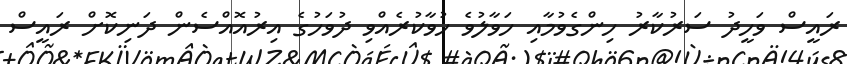
ރައީސް ވަހީދު ސަރުކާރު ހިންގެވުމާއި ހަވާލުވެ ހުވާކުރެއްވި ދުވަހުގެ އިރުއޮއްސެން ދަނިކޮށް ރައީސް